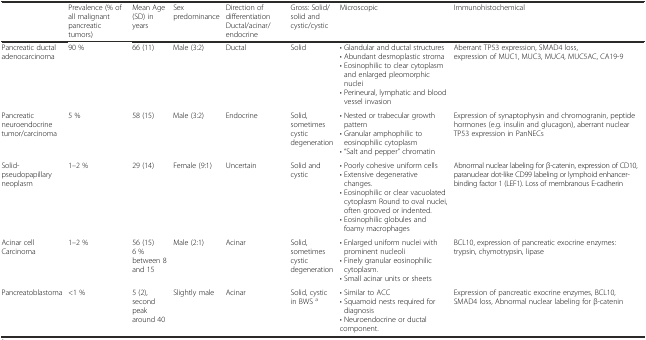
<table><thead><tr><td></td><td><b>Prevalence (% of all malignant pancreatic tumors)</b></td><td><b>Mean Age (SD) in years</b></td><td><b>Sex predominance</b></td><td><b>Direction of differentiation Ductal/acinar/endocrine</b></td><td><b>Gross: Solid/solid and cystic/cystic</b></td><td><b>Microscopic</b></td><td><b>Immunohistochemical</b></td></tr></thead><tbody><tr><td>Pancreatic ductal adenocarcinoma</td><td>90 %</td><td>66 (11)</td><td>Male (3:2)</td><td>Ductal</td><td>Solid</td><td>• Glandular and ductal structures• Abundant desmoplastic stroma• Eosinophilic to clear cytoplasm and enlarged pleomorphic nuclei• Perineural, lymphatic and blood vessel invasion</td><td>Aberrant TP53 expression, SMAD4 loss, expression of MUC1, MUC3, MUC4, MUC5AC, CA19-9</td></tr><tr><td>Pancreatic neuroendocrine tumor/carcinoma</td><td>5 %</td><td>58 (15)</td><td>Male (3:2)</td><td>Endocrine</td><td>Solid, sometimes cystic degeneration</td><td>• Nested or trabecular growth pattern• Granular amphophilic to eosinophilic cytoplasm• “Salt and pepper” chromatin</td><td>Expression of synaptophysin and chromogranin, peptide hormones (e.g. insulin and glucagon), aberrant nuclear TP53 expression in PanNECs</td></tr><tr><td>Solid-pseudopapillary neoplasm</td><td>1–2 %</td><td>29 (14)</td><td>Female (9:1)</td><td>Uncertain</td><td>Solid and cystic</td><td>• Poorly cohesive uniform cells• Extensive degenerative changes.• Eosinophilic or clear vacuolated cytoplasm Round to oval nuclei, often grooved or indented.• Eosinophilic globules and foamy macrophages</td><td>Abnormal nuclear labeling for β-catenin, expression of CD10, paranuclear dot-like CD99 labeling or lymphoid enhancer-binding factor 1 (LEF1). Loss of membranous E-cadherin</td></tr><tr><td>Acinar cell Carcinoma</td><td>1–2 %</td><td>56 (15) 6 % between 8 and 15</td><td>Male (2:1)</td><td>Acinar</td><td>Solid, sometimes cystic degeneration</td><td>• Enlarged uniform nuclei with prominent nucleoli• Finely granular eosinophilic cytoplasm.• Small acinar units or sheets</td><td>BCL10, expression of pancreatic exocrine enzymes: trypsin, chymotrypsin, lipase</td></tr><tr><td>Pancreatoblastoma</td><td>&lt;1 %</td><td>5 (2), second peak around 40</td><td>Slightly male</td><td>Acinar</td><td>Solid, cystic in BWS <sup>a</sup></td><td>• Similar to ACC• Squamoid nests required for diagnosis• Neuroendocrine or ductal component.</td><td>Expression of pancreatic exocrine enzymes, BCL10, SMAD4 loss, Abnormal nuclear labeling for β-catenin</td></tr></tbody></table>